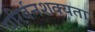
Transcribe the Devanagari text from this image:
परिर्वनशक्यता